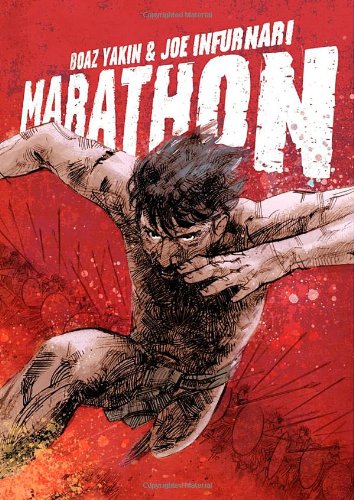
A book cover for Marathon; Boaz Yakin; Teen & Young Adult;